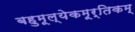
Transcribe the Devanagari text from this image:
बहुमूल्येकमूर्तिकम्‌